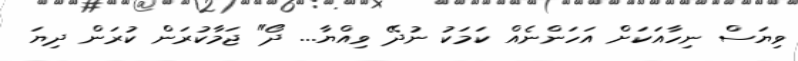
ވިޔަސް ނިހާއަކަށް އަހަންނެއް ކަމަކު ނުދޭ ވިއްޔާ... ދޯ" ޖަމާކުރަން ކުރަން ދިޔަ